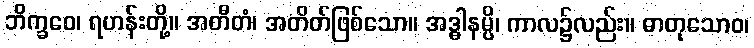
ဘိက္ခဝေ၊ ရဟန်းတို့။ အတီတံ၊ အတိတ်ဖြစ်သော။ အဒ္ဓါနမ္ပိ၊ ကာလ၌လည်း။ ဓာတုသောဝ၊